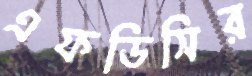
এফডিসির